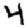
Digit: 4